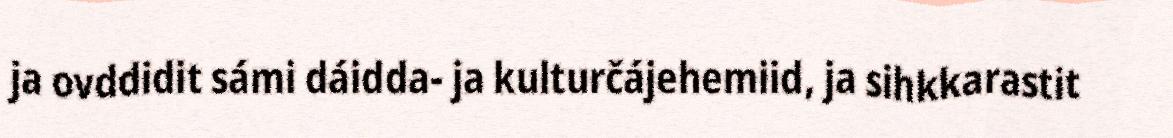
ja ovddidit sámi dáidda- ja kulturčájehemiid, ja sihkkarastit